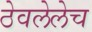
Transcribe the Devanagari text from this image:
ठेवलेलेच